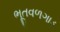
ભૂતવળગાડ